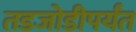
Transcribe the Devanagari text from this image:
तडजोडीपर्यंत